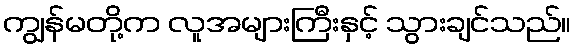
ကျွန်မတို့က လူအများကြီးနှင့် သွားချင်သည်။